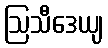
ဩသီဒေယျ